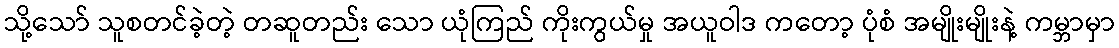
သို့သော် သူစတင်ခဲ့တဲ့ တဆူတည်း သော ယုံကြည် ကိုးကွယ်မှု အယူဝါဒ ကတော့ ပုံစံ အမျိုးမျိုးနဲ့ ကမ္ဘာမှာ